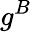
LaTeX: g^{B}